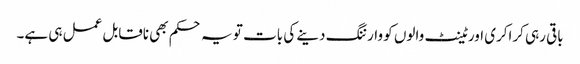
باقی رہی کراکری اور ٹینٹ والوں کو وارننگ دینے کی بات تو یہ حکم بھی ناقابل عمل ہی ہے۔